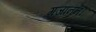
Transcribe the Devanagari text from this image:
गजाननं।